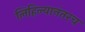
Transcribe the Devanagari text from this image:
लिहिल्यानंतरच